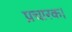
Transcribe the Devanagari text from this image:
प्रचारक।